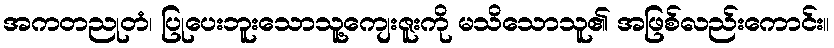
အကတညုတံ၊ ပြုပေးဘူးသောသူ့ကျေးဇူးကို မသိသောသူ၏ အဖြစ်လည်းကောင်း။